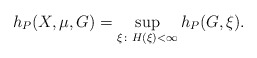
\begin{align*}h_P(X, \mu, G) = \sup_{\xi \colon H(\xi) < \infty} h_P(G, \xi).\end{align*}